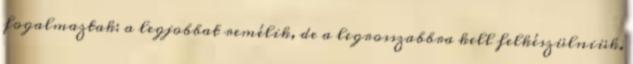
fogalmaztak: a legjobbat remélik, de a legrosszabbra kell felkészülniük.